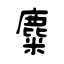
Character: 麋